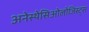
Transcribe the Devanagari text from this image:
अनेस्थेसिओलोजिस्ट्स